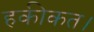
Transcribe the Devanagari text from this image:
हकीकत।